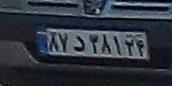
۸۷د۳۸۱۲۴